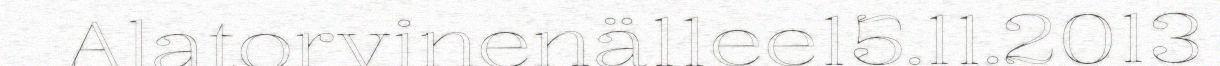
Alatorvinenä11ee15.11.2013